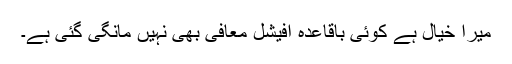
میرا خیال ہے کوئی باقاعدہ آفیشل معافی بھی نہیں مانگی گئی ہے۔